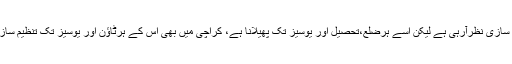
سندھ میں تنظیم سازی نظرآرہی ہے لیکن اسے ہرضلع،تحصیل اور یوسیز تک پھیلانا ہے، کراچی میں بھی اس کے ہرٹاؤن اور یوسیز تک تنظیم سازی ہونی چاہیے۔